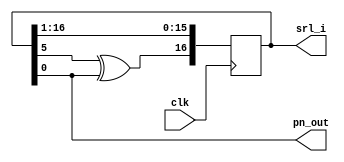
module pn_gen_lfsr_w_lfsr_output(clk, pn_out, srl_i);

// LFSR length (ie, number of storage elements)
parameter Width = 17;

// Parameratize I LFSR taps.
// I channel LFSR has two taps.
// I(x) = X**17 + X**5 + 1
parameter I_tap1 = 0;
parameter I_tap2 = 5;

// Ports
input  clk;
output  pn_out;


// I  channel ////////////////////
output reg [Width-1:0] srl_i = 1; //initialize reg to nonzero value
wire lfsr_in_i, par_fdbk_i;

assign   pn_out = srl_i[I_tap1];
assign   par_fdbk_i = srl_i[I_tap2] ^ srl_i[I_tap1];
assign   lfsr_in_i = par_fdbk_i;

 always @(posedge clk)  
 begin
   srl_i <= {lfsr_in_i, srl_i[Width-1:1]};
 end

endmodule